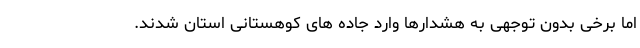
اما برخی بدون توجهی به هشدارها وارد جاده های کوهستانی استان شدند.